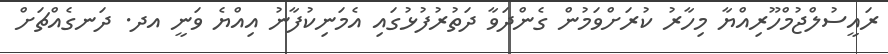
ރައީސުލްޖުމްހޫރިއްޔާ މިހާރު ކުރަށްވަމުން ގެންދަވާ ދަތުރުފުޅުގައި އެމަނިކުފާނު އިއްޔެ ވަނީ އދ. ދަނގެއްޗަށް